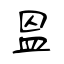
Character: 𥁕